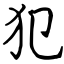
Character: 犯